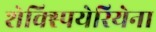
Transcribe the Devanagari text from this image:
शेक्स्पियेरियेना